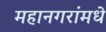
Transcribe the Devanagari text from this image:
महानगरांमधे